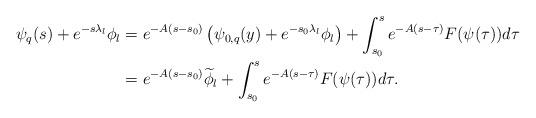
LaTeX: \begin{align*} \psi_{q}(s)+e^{- s\lambda_l}\phi_l&=e^{-A(s- s_0)}\left(\psi_{0,q}(y)+e^{- s_0\lambda_l}\phi_l\right)+\int_{ s_0}^{ s}e^{-A(s-\tau)}F(\psi(\tau))d\tau\\ &=e^{-A(s- s_0)}\widetilde\phi_l+\int_{ s_0}^{ s}e^{-A(s-\tau)}F(\psi(\tau))d\tau. \end{align*}